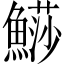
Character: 𩺳